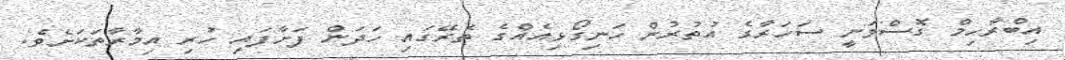
އިބްރާހިމް ގޮސްވަނީ ސަހަރާގެ އުތުރުން ހަނިގޯޅިއެއްގެ ތެރޭގައި ހަދަން ފަށާފައި ހުރި އިމާރާތަކަށެވެ.